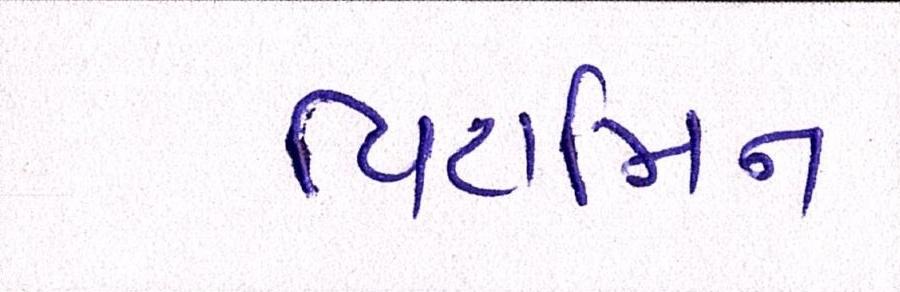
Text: વિટામિન